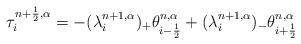
LaTeX: \begin{align*}\tau^{n+\frac12,\alpha}_i = -(\lambda^{n+1,\alpha}_i)_+\theta^{n,\alpha}_{i-\frac12} + (\lambda^{n+1,\alpha}_i)_-\theta^{n,\alpha}_{i+\frac12}\end{align*}